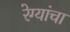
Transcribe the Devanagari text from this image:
रेग्यांचा